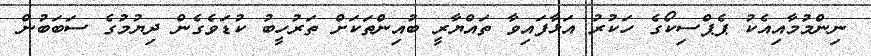
ނިންމުމާއިއެކު ޕެޕްސިކޯގެ ހަކުރު އަޅާފައިވާ ތައްޔާރީ ބުއިންތަކަށް ތަރުހީބު ކުޑަވެގެން ދިޔުމުގެ ސަބަބުން